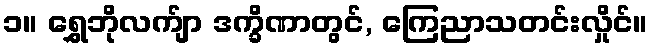
၁။ ရွှေဘိုလက်ျာ ဒက္ခိဏာတွင်, ကြေညာသတင်းလှိုင်။